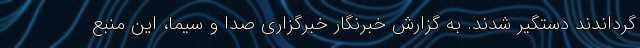
‌گرداندند دستگیر شدند. به گزارش خبرنگار خبرگزاری صدا و سیما، این منبع